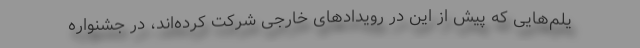
یلم‌هایی که پیش از این در رویدادهای خارجی شرکت کرده‌اند، در جشنواره